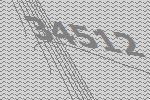
34512